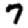
Digit: 7